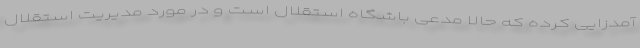
آمدزایی کرده که حالا مدعی باشگاه استقلال است و در مورد مدیریت استقلال